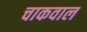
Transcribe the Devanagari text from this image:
चाकवाल